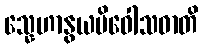
သ္နေဟာနွယမိဝေါသဓာတိ